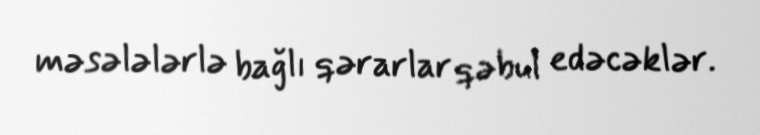
məsələlərlə bağlı qərarlar qəbul edəcəklər.